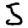
Digit: 5